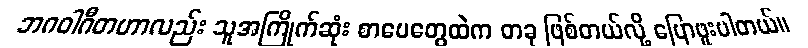
ဘဂဝါဂီတဟာလည်း သူအကြိုက်ဆုံး စာပေတွေထဲက တခု ဖြစ်တယ်လို့ ပြောဖူးပါတယ်။